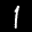
Label: 1